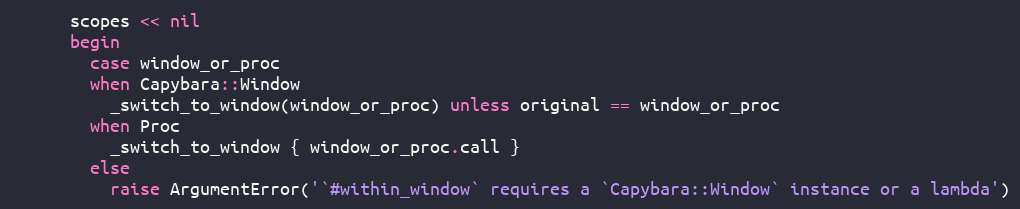
Language: Ruby
      scopes << nil
      begin
        case window_or_proc
        when Capybara::Window
          _switch_to_window(window_or_proc) unless original == window_or_proc
        when Proc
          _switch_to_window { window_or_proc.call }
        else
          raise ArgumentError('`#within_window` requires a `Capybara::Window` instance or a lambda')